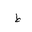
Letter: _da